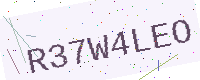
Text: R37W4LEO